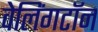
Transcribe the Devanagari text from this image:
वेलिंगटॉन